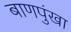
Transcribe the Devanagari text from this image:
बाणपुंखा